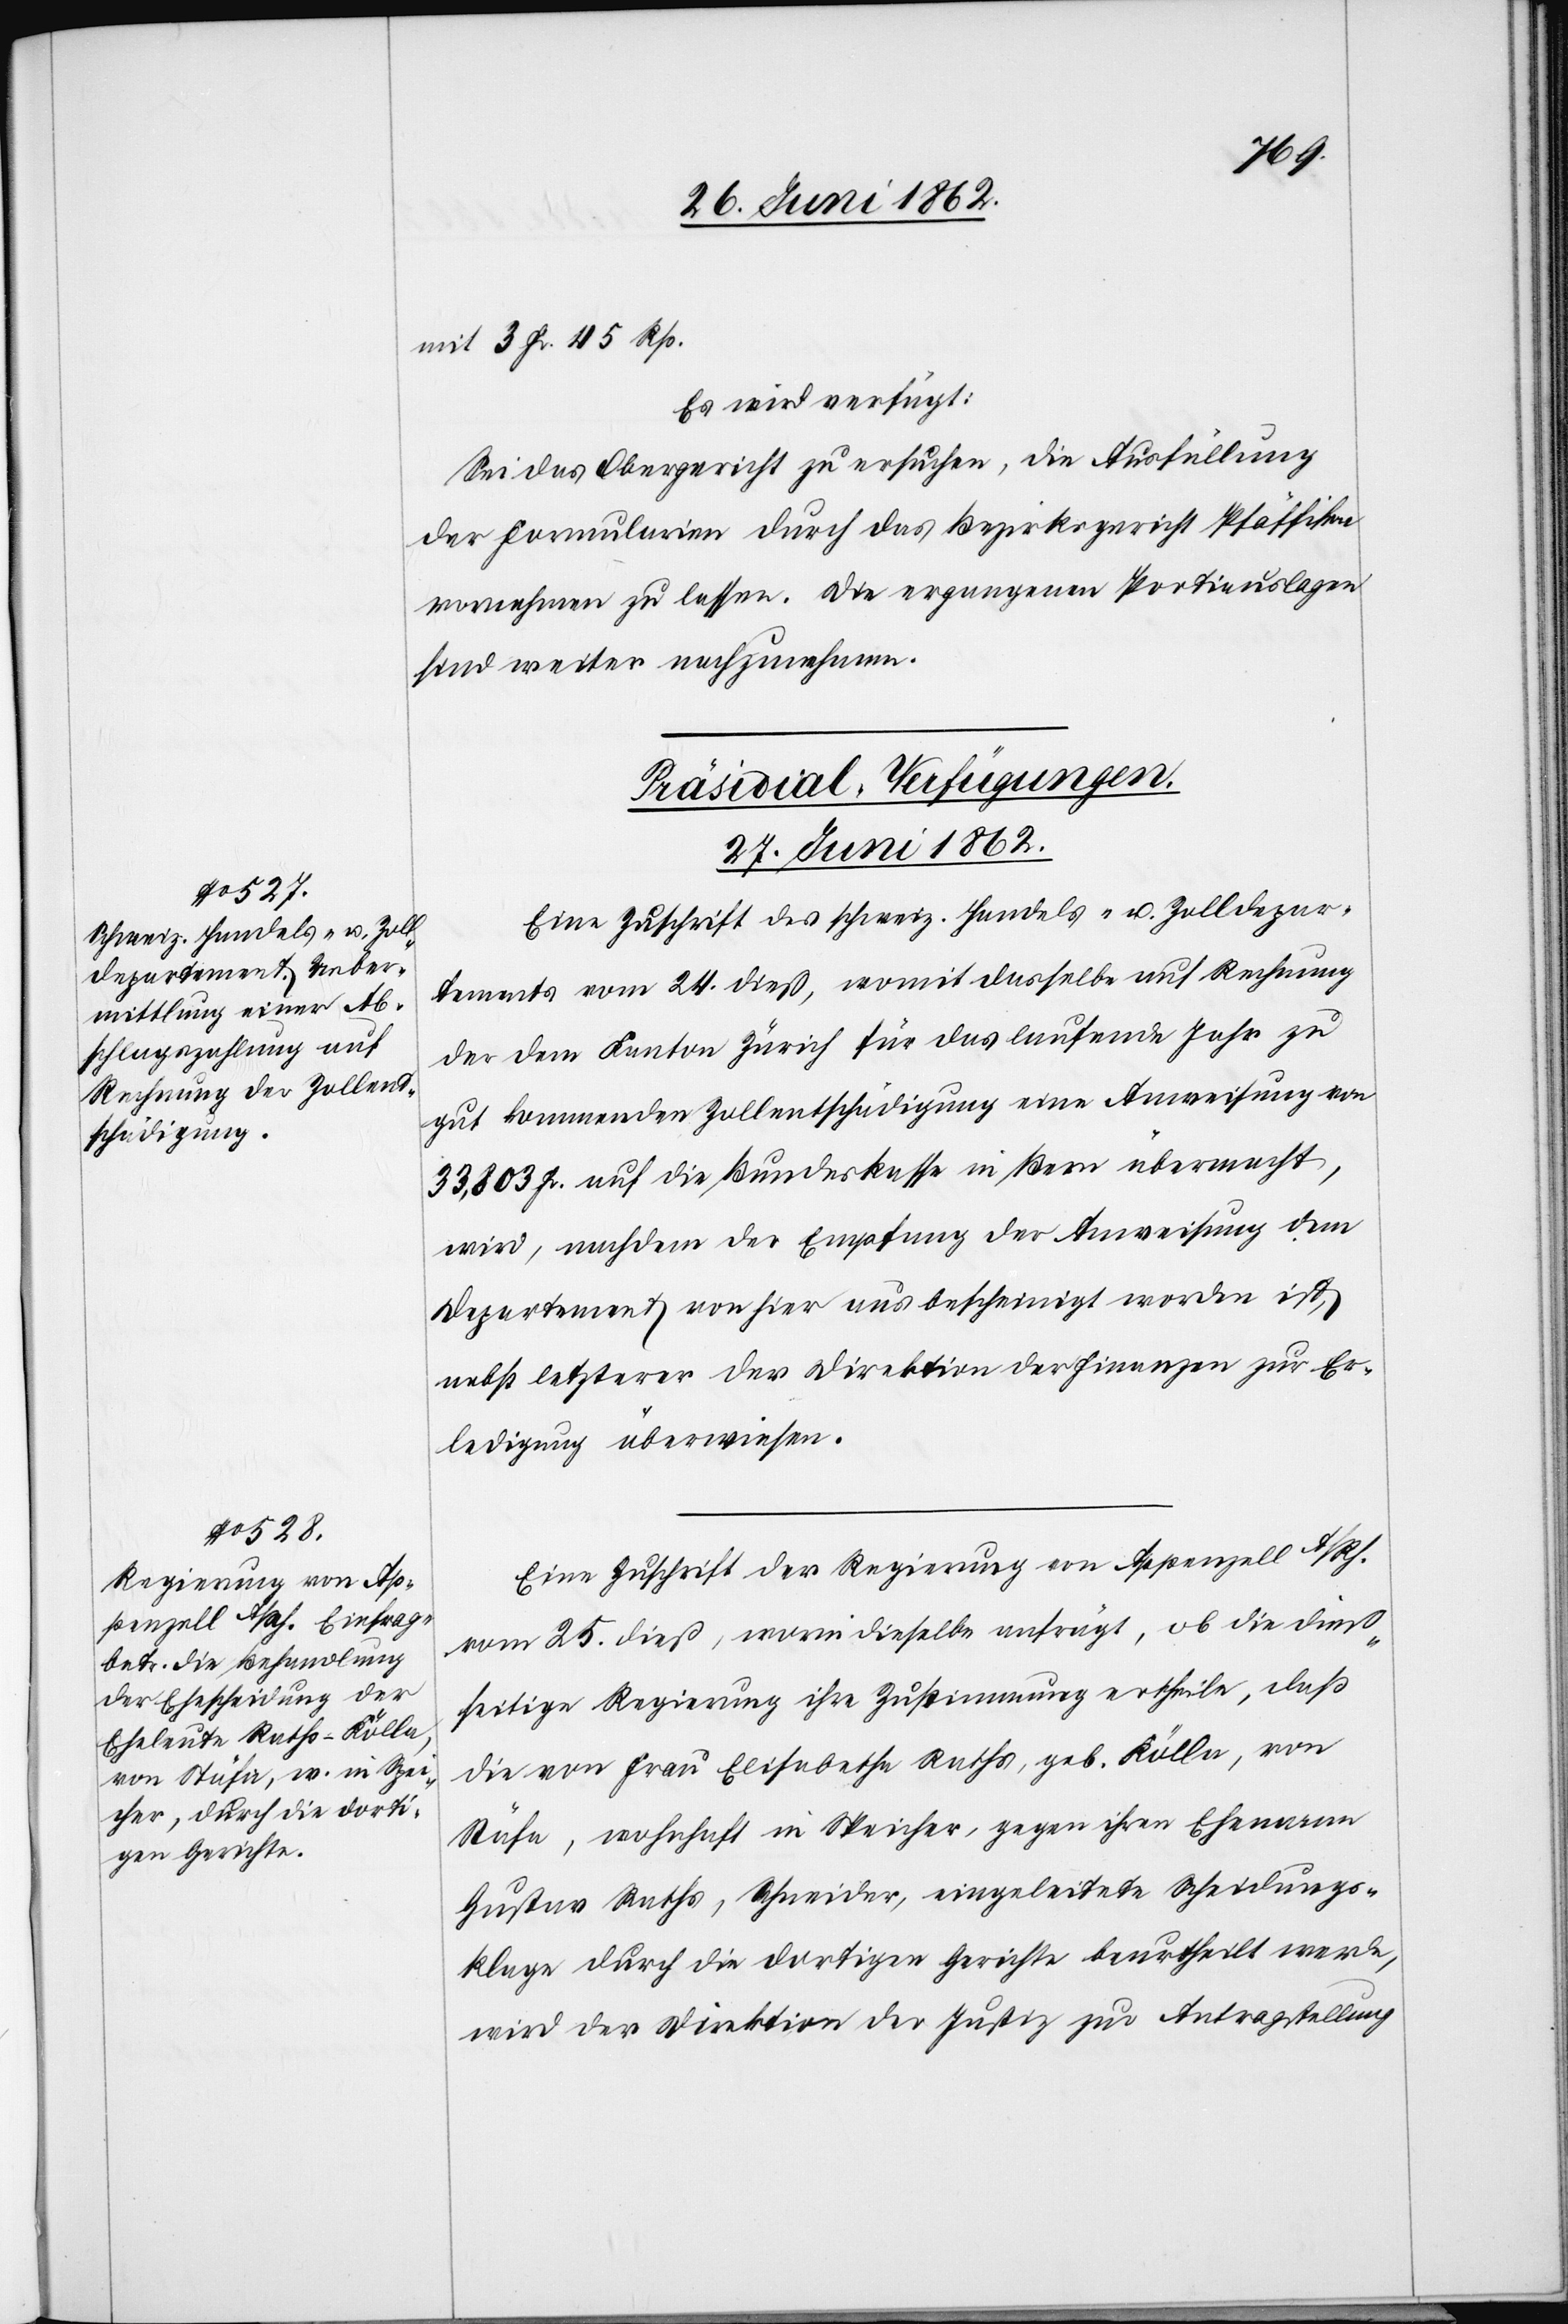
mit 3 Fr. 45 Rp.
Es wird verfügt:
Sei das Obergericht zu ersuchen, die Ausfüllung
der Formularien durch das Bezirksgericht Pfäffikon
vornehmen zu lassen. Die ergangenen Portiauslagen
sind weiter nachzunehmen.
[Präsidial-Verfügungen.
27. Juni 1862.]
Eine Zuschrift des schweiz. Handels- u. Zolldepar¬
tements vom 24. dieß, womit dasselbe auf Rechnung
der dem Kanton Zürich für das laufende Jahr zu
gut kommenden Zollentschädigung eine Anweisung von
33,803 Fr. auf die Bundeskasse in Bern übermacht,
wird, nachdem der Empfang der Anweisung dem
Departement von hier aus bescheinigt worden ist,
nebst letzterer der Direktion der Finanzen zur Er¬
ledigung überwiesen.
Eine Zuschrift der Regierung von Appenzell A/Rh.
vom 25. dieß, worin dieselbe anfrägt, ob die dieß¬
seitige Regierung ihre Zustimmung ertheile, daß
die von Frau Elisabetha Raths, geb. Kölla, von
Stäfa, wohnhaft in Speicher, gegen ihren Ehemann
Gustav Raths, Schneider, eingeleitete Scheidungs¬
klage durch die dortigen Gerichte beurtheilt werde,
wird der Direktion der Justiz zur Antragstellung